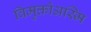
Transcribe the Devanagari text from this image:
विमुक्तोअस्मि